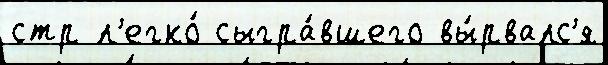
стр л'егко́ сыгра́вшего вы́рвалс'я